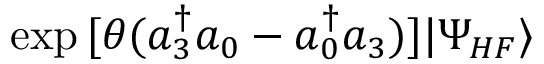
\exp { [ \theta ( a _ { 3 } ^ { \dagger } a _ { 0 } - a _ { 0 } ^ { \dagger } a _ { 3 } ) ] } | \Psi _ { H F } \rangle